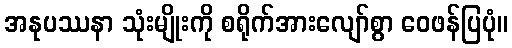
အနုပဿနာ သုံးမျိုးကို စရိုက်အားလျော်စွာ ဝေဖန်ပြပုံ။